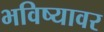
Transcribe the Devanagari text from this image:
भविष्यावर